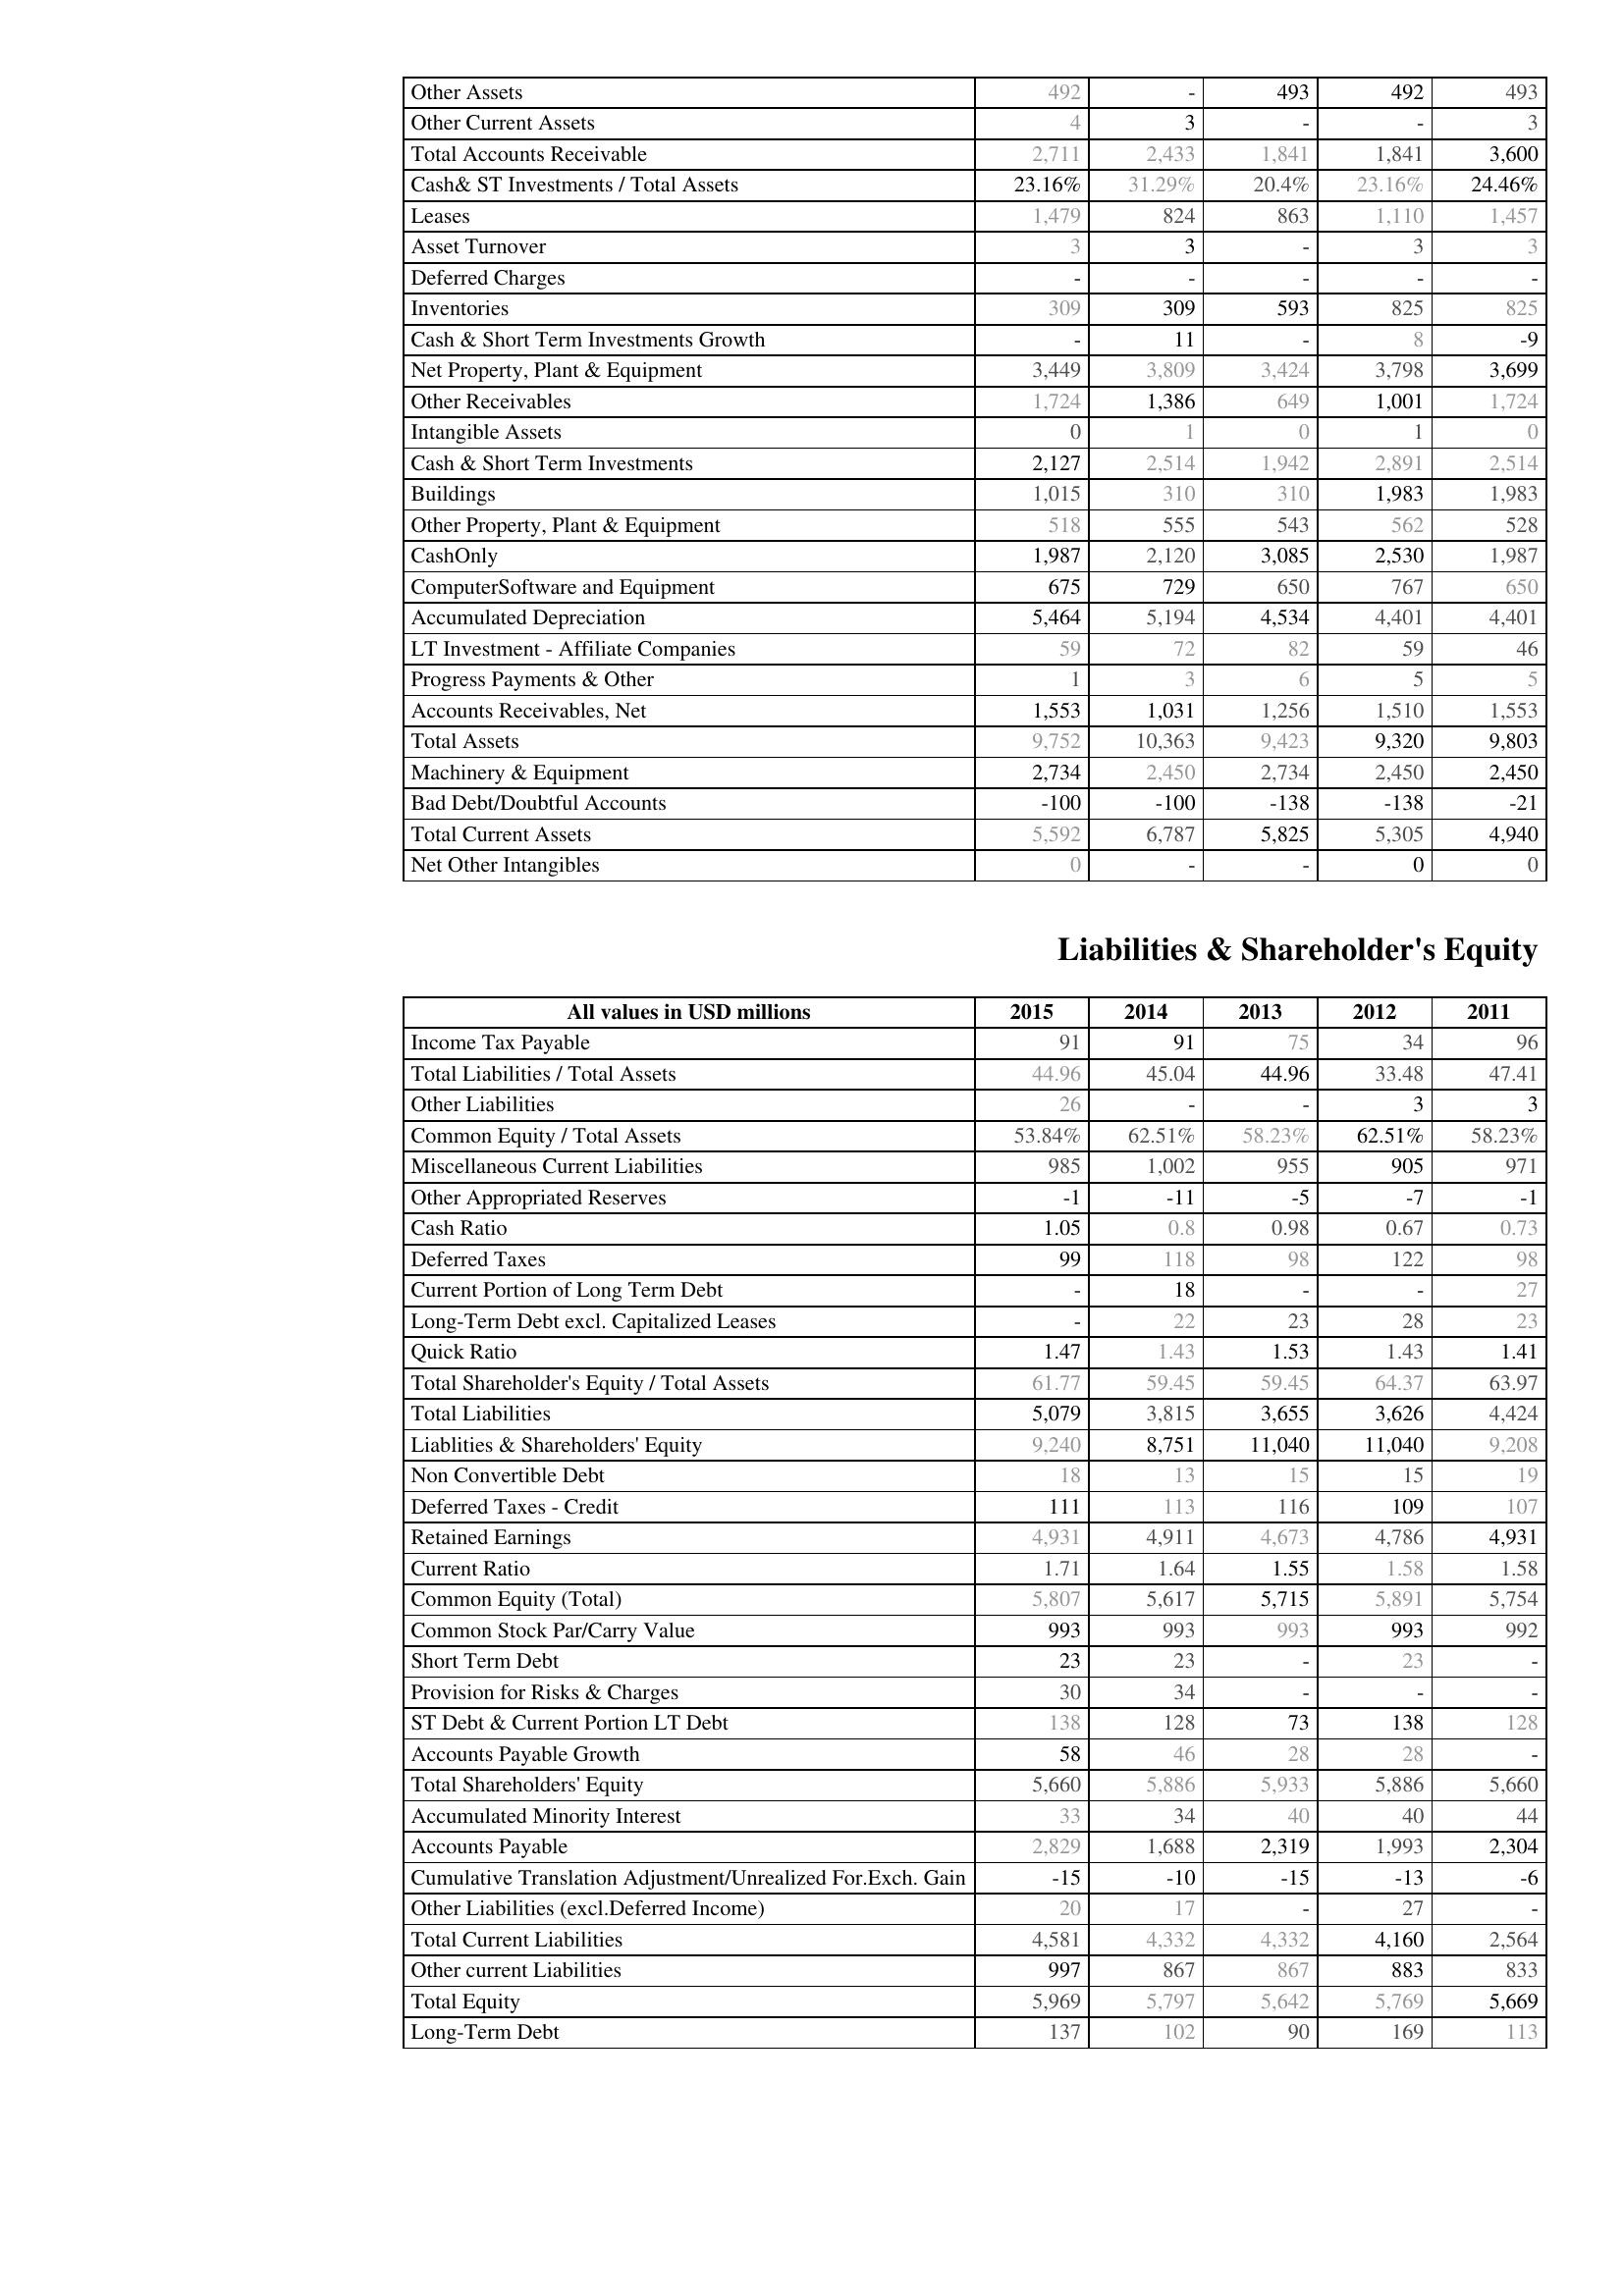
2015: Assets: Other Assets: 492
Other Current Assets: 4
Total Accounts Receivable: 2,711
Cash& ST Investments / Total Assets: 23.16%
Leases: 1,479
Asset Turnover: 3
Deferred Charges: -
Inventories: 309
Cash & Short Term Investments Growth: -
Net Property, Plant & Equipment: 3,449
Other Receivables: 1,724
Intangible Assets: 0
Cash & Short Term Investments: 2,127
Buildings: 1,015
Other Property, Plant & Equipment: 518
CashOnly: 1,987
ComputerSoftware and Equipment: 675
Accumulated Depreciation: 5,464
LT Investment - Affiliate Companies: 59
Progress Payments & Other: 1
Accounts Receivables, Net: 1,553
Total Assets: 9,752
Machinery & Equipment: 2,734
Bad Debt/Doubtful Accounts: -100
Total Current Assets: 5,592
Net Other Intangibles: 0
Liabilities & Shareholder's Equity: Income Tax Payable: 91
Total Liabilities / Total Assets: 44.96
Other Liabilities: 26
Common Equity / Total Assets: 53.84%
Miscellaneous Current Liabilities: 985
Other Appropriated Reserves: -1
Cash Ratio: 1.05
Deferred Taxes: 99
Current Portion of Long Term Debt: -
Long-Term Debt excl. Capitalized Leases: -
Quick Ratio: 1.47
Total Shareholder's Equity / Total Assets: 61.77
Total Liabilities: 5,079
Liablities & Shareholders' Equity: 9,240
Non Convertible Debt: 18
Deferred Taxes - Credit: 111
Retained Earnings: 4,931
Current Ratio: 1.71
Common Equity (Total): 5,807
Common Stock Par/Carry Value: 993
Short Term Debt: 23
Provision for Risks & Charges: 30
ST Debt & Current Portion LT Debt: 138
Accounts Payable Growth: 58
Total Shareholders' Equity: 5,660
Accumulated Minority Interest: 33
Accounts Payable: 2,829
Cumulative Translation Adjustment/Unrealized For.Exch. Gain: -15
Other Liabilities (excl.Deferred Income): 20
Total Current Liabilities: 4,581
Other current Liabilities: 997
Total Equity: 5,969
Long-Term Debt: 137
2014: Assets: Other Assets: -
Other Current Assets: 3
Total Accounts Receivable: 2,433
Cash& ST Investments / Total Assets: 31.29%
Leases: 824
Asset Turnover: 3
Deferred Charges: -
Inventories: 309
Cash & Short Term Investments Growth: 11
Net Property, Plant & Equipment: 3,809
Other Receivables: 1,386
Intangible Assets: 1
Cash & Short Term Investments: 2,514
Buildings: 310
Other Property, Plant & Equipment: 555
CashOnly: 2,120
ComputerSoftware and Equipment: 729
Accumulated Depreciation: 5,194
LT Investment - Affiliate Companies: 72
Progress Payments & Other: 3
Accounts Receivables, Net: 1,031
Total Assets: 10,363
Machinery & Equipment: 2,450
Bad Debt/Doubtful Accounts: -100
Total Current Assets: 6,787
Net Other Intangibles: -
Liabilities & Shareholder's Equity: Income Tax Payable: 91
Total Liabilities / Total Assets: 45.04
Other Liabilities: -
Common Equity / Total Assets: 62.51%
Miscellaneous Current Liabilities: 1,002
Other Appropriated Reserves: -11
Cash Ratio: 0.8
Deferred Taxes: 118
Current Portion of Long Term Debt: 18
Long-Term Debt excl. Capitalized Leases: 22
Quick Ratio: 1.43
Total Shareholder's Equity / Total Assets: 59.45
Total Liabilities: 3,815
Liablities & Shareholders' Equity: 8,751
Non Convertible Debt: 13
Deferred Taxes - Credit: 113
Retained Earnings: 4,911
Current Ratio: 1.64
Common Equity (Total): 5,617
Common Stock Par/Carry Value: 993
Short Term Debt: 23
Provision for Risks & Charges: 34
ST Debt & Current Portion LT Debt: 128
Accounts Payable Growth: 46
Total Shareholders' Equity: 5,886
Accumulated Minority Interest: 34
Accounts Payable: 1,688
Cumulative Translation Adjustment/Unrealized For.Exch. Gain: -10
Other Liabilities (excl.Deferred Income): 17
Total Current Liabilities: 4,332
Other current Liabilities: 867
Total Equity: 5,797
Long-Term Debt: 102
2013: Assets: Other Assets: 493
Other Current Assets: -
Total Accounts Receivable: 1,841
Cash& ST Investments / Total Assets: 20.4%
Leases: 863
Asset Turnover: -
Deferred Charges: -
Inventories: 593
Cash & Short Term Investments Growth: -
Net Property, Plant & Equipment: 3,424
Other Receivables: 649
Intangible Assets: 0
Cash & Short Term Investments: 1,942
Buildings: 310
Other Property, Plant & Equipment: 543
CashOnly: 3,085
ComputerSoftware and Equipment: 650
Accumulated Depreciation: 4,534
LT Investment - Affiliate Companies: 82
Progress Payments & Other: 6
Accounts Receivables, Net: 1,256
Total Assets: 9,423
Machinery & Equipment: 2,734
Bad Debt/Doubtful Accounts: -138
Total Current Assets: 5,825
Net Other Intangibles: -
Liabilities & Shareholder's Equity: Income Tax Payable: 75
Total Liabilities / Total Assets: 44.96
Other Liabilities: -
Common Equity / Total Assets: 58.23%
Miscellaneous Current Liabilities: 955
Other Appropriated Reserves: -5
Cash Ratio: 0.98
Deferred Taxes: 98
Current Portion of Long Term Debt: -
Long-Term Debt excl. Capitalized Leases: 23
Quick Ratio: 1.53
Total Shareholder's Equity / Total Assets: 59.45
Total Liabilities: 3,655
Liablities & Shareholders' Equity: 11,040
Non Convertible Debt: 15
Deferred Taxes - Credit: 116
Retained Earnings: 4,673
Current Ratio: 1.55
Common Equity (Total): 5,715
Common Stock Par/Carry Value: 993
Short Term Debt: -
Provision for Risks & Charges: -
ST Debt & Current Portion LT Debt: 73
Accounts Payable Growth: 28
Total Shareholders' Equity: 5,933
Accumulated Minority Interest: 40
Accounts Payable: 2,319
Cumulative Translation Adjustment/Unrealized For.Exch. Gain: -15
Other Liabilities (excl.Deferred Income): -
Total Current Liabilities: 4,332
Other current Liabilities: 867
Total Equity: 5,642
Long-Term Debt: 90
2012: Assets: Other Assets: 492
Other Current Assets: -
Total Accounts Receivable: 1,841
Cash& ST Investments / Total Assets: 23.16%
Leases: 1,110
Asset Turnover: 3
Deferred Charges: -
Inventories: 825
Cash & Short Term Investments Growth: 8
Net Property, Plant & Equipment: 3,798
Other Receivables: 1,001
Intangible Assets: 1
Cash & Short Term Investments: 2,891
Buildings: 1,983
Other Property, Plant & Equipment: 562
CashOnly: 2,530
ComputerSoftware and Equipment: 767
Accumulated Depreciation: 4,401
LT Investment - Affiliate Companies: 59
Progress Payments & Other: 5
Accounts Receivables, Net: 1,510
Total Assets: 9,320
Machinery & Equipment: 2,450
Bad Debt/Doubtful Accounts: -138
Total Current Assets: 5,305
Net Other Intangibles: 0
Liabilities & Shareholder's Equity: Income Tax Payable: 34
Total Liabilities / Total Assets: 33.48
Other Liabilities: 3
Common Equity / Total Assets: 62.51%
Miscellaneous Current Liabilities: 905
Other Appropriated Reserves: -7
Cash Ratio: 0.67
Deferred Taxes: 122
Current Portion of Long Term Debt: -
Long-Term Debt excl. Capitalized Leases: 28
Quick Ratio: 1.43
Total Shareholder's Equity / Total Assets: 64.37
Total Liabilities: 3,626
Liablities & Shareholders' Equity: 11,040
Non Convertible Debt: 15
Deferred Taxes - Credit: 109
Retained Earnings: 4,786
Current Ratio: 1.58
Common Equity (Total): 5,891
Common Stock Par/Carry Value: 993
Short Term Debt: 23
Provision for Risks & Charges: -
ST Debt & Current Portion LT Debt: 138
Accounts Payable Growth: 28
Total Shareholders' Equity: 5,886
Accumulated Minority Interest: 40
Accounts Payable: 1,993
Cumulative Translation Adjustment/Unrealized For.Exch. Gain: -13
Other Liabilities (excl.Deferred Income): 27
Total Current Liabilities: 4,160
Other current Liabilities: 883
Total Equity: 5,769
Long-Term Debt: 169
2011: Assets: Other Assets: 493
Other Current Assets: 3
Total Accounts Receivable: 3,600
Cash& ST Investments / Total Assets: 24.46%
Leases: 1,457
Asset Turnover: 3
Deferred Charges: -
Inventories: 825
Cash & Short Term Investments Growth: -9
Net Property, Plant & Equipment: 3,699
Other Receivables: 1,724
Intangible Assets: 0
Cash & Short Term Investments: 2,514
Buildings: 1,983
Other Property, Plant & Equipment: 528
CashOnly: 1,987
ComputerSoftware and Equipment: 650
Accumulated Depreciation: 4,401
LT Investment - Affiliate Companies: 46
Progress Payments & Other: 5
Accounts Receivables, Net: 1,553
Total Assets: 9,803
Machinery & Equipment: 2,450
Bad Debt/Doubtful Accounts: -21
Total Current Assets: 4,940
Net Other Intangibles: 0
Liabilities & Shareholder's Equity: Income Tax Payable: 96
Total Liabilities / Total Assets: 47.41
Other Liabilities: 3
Common Equity / Total Assets: 58.23%
Miscellaneous Current Liabilities: 971
Other Appropriated Reserves: -1
Cash Ratio: 0.73
Deferred Taxes: 98
Current Portion of Long Term Debt: 27
Long-Term Debt excl. Capitalized Leases: 23
Quick Ratio: 1.41
Total Shareholder's Equity / Total Assets: 63.97
Total Liabilities: 4,424
Liablities & Shareholders' Equity: 9,208
Non Convertible Debt: 19
Deferred Taxes - Credit: 107
Retained Earnings: 4,931
Current Ratio: 1.58
Common Equity (Total): 5,754
Common Stock Par/Carry Value: 992
Short Term Debt: -
Provision for Risks & Charges: -
ST Debt & Current Portion LT Debt: 128
Accounts Payable Growth: -
Total Shareholders' Equity: 5,660
Accumulated Minority Interest: 44
Accounts Payable: 2,304
Cumulative Translation Adjustment/Unrealized For.Exch. Gain: -6
Other Liabilities (excl.Deferred Income): -
Total Current Liabilities: 2,564
Other current Liabilities: 833
Total Equity: 5,669
Long-Term Debt: 113